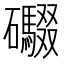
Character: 𮁘